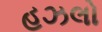
હઝલો